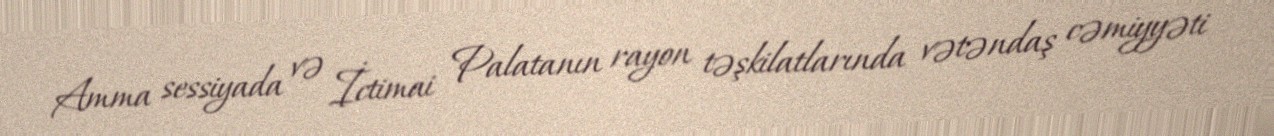
Amma sessiyada və İctimai Palatanın rayon təşkilatlarında vətəndaş cəmiyyəti